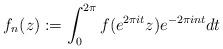
LaTeX: \begin{align*}f_n(z):=\int_{0}^{2\pi}{f(e^{2\pi i t}z)e^{-2\pi in t}dt }\end{align*}